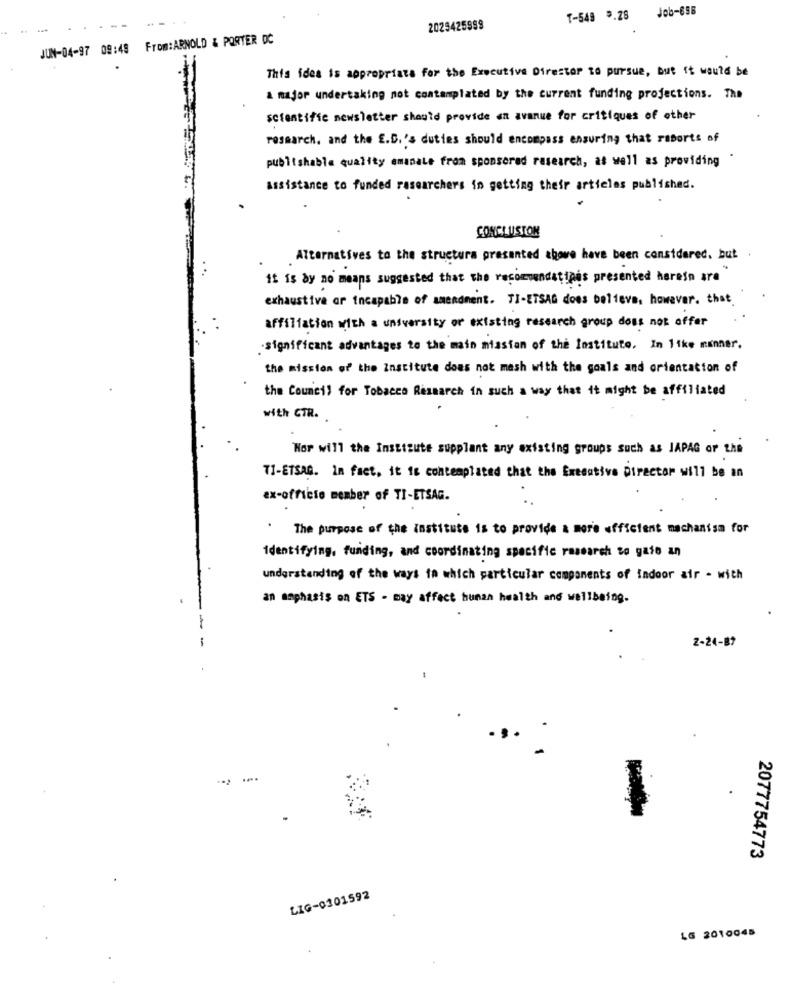
T-549 9.28 Job-658
2025425999
JUN-04-97 09:48 From:ARNOLD & PORTER OC
This idea is appropriate for the Executive Director to pursue, but it would be
a major undertaking not contemplated by the current funding projections. The
scientific newsletter should provide an avanue for critiques of other
research, and the E.D.'s duties should encompass ensuring that raborts of
publishable quality emanate from sponsored research, as well as providing
assistance to funded researchers in getting their articles published.
CONCLUSION
Alternatives to the structura presented above have been considered, but
it is by no means suggested that the recommendatines presented herein are
exhaustive or incapable of amendment. TI-ETSAG does believe, however. that
affiliation with a university of existing research group does not offer
significant advantages to the main mission of the Institute. In like manner.
the mission of the Institute does not mesh with the goals and orientation of
the Council for Tobacco Research in such a way that it might be affiliated
with CTR. .
Nor will the Institute supplant any existing groups such as JAPAG or the
TI-ETSAQ. in fact, it is contemplated that the Executive Director will be an
ax-officio member of TI-ETSAG.
The purpose of the Institute is to provide a more efficient mechanism for
Identifying. funding, and coordinating specific research to gato an
understanding of the ways in which particular components of indoor air - with
an emphasis on ETS - may affect human health and wellbeing.
-
2-24-87
-
....
2077754773
LIG-0301592
LG 2010045